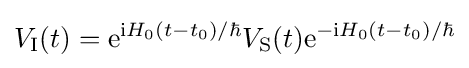
V_{\mathrm {I} }(t)=\mathrm {e} ^{\mathrm {i} H_{0}(t-t_{0})/\hbar }V_{\mathrm {S} }(t)\mathrm {e} ^{-\mathrm {i} H_{0}(t-t_{0})/\hbar }